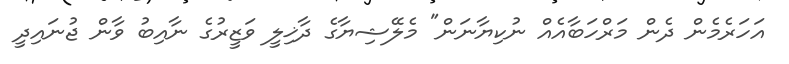
އަހަރެމެން ދެން މަރްހަބާއެއް ނުކިޔާނަން" މެލޭޝިޔާގެ ދާޚިލީ ވަޒީރުގެ ނާއިބު ވާން ޖުނައިދީ